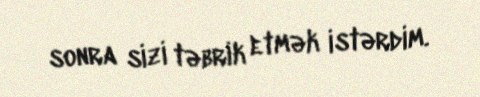
sonra sizi təbrik etmək istərdim.